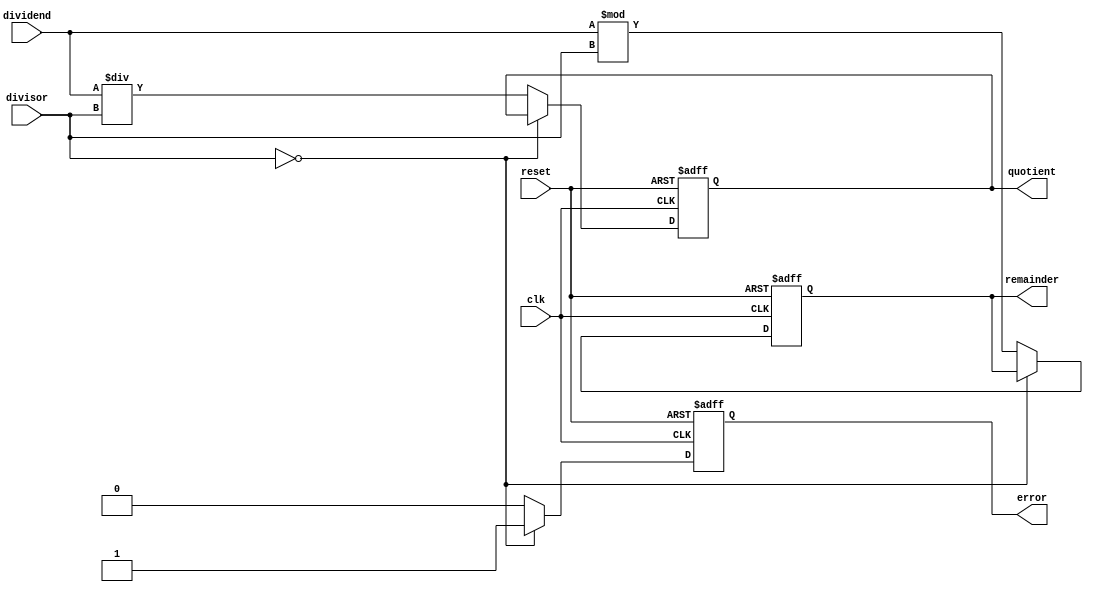
module synchronous_divider (
    input clk,
    input reset,
    input [31:0] dividend,
    input [31:0] divisor,
    output reg [31:0] quotient,
    output reg [31:0] remainder,
    output reg error
);

always @(posedge clk or posedge reset) begin
    if (reset) begin
        quotient <= 0;
        remainder <= 0;
        error <= 0;
    end else if (divisor == 0) begin
        error <= 1;
    end else begin
        quotient <= dividend / divisor;
        remainder <= dividend % divisor;
        error <= 0;
    end
end

endmodule